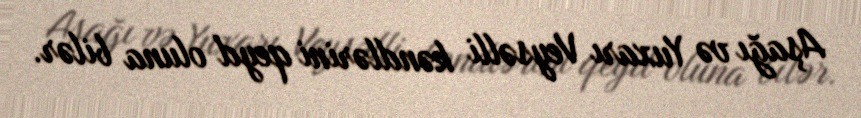
Aşağı və Yuxarı Veysəlli kəndlərini qeyd oluna bilər.